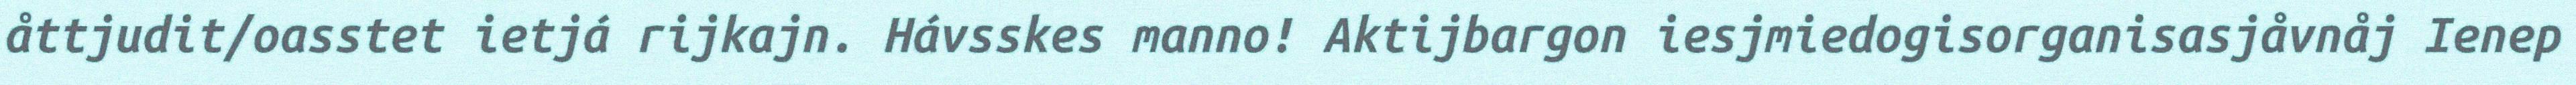
åttjudit/oasstet ietjá rijkajn. Hávsskes manno! Aktijbargon iesjmiedogisorganisasjåvnåj Ienep